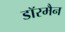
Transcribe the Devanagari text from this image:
डॉरमैन